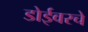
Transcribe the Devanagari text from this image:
डोईवरचे